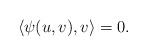
LaTeX: \begin{align*} \langle \psi(u,v),v\rangle=0. \end{align*}